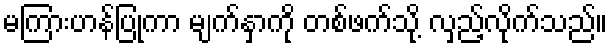
မကြားဟန်ပြုကာ မျက်နှာကို တစ်ဖက်သို့ လှည့်လိုက်သည်။